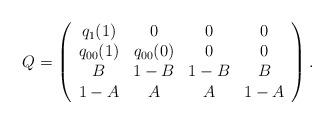
LaTeX: \begin{align*}Q=\left(\begin{array}{cccc}q_1(1)&0&0&0\\q_{00}(1)&q_{00}(0)&0&0\\B&1-B&1-B&B\\1-A&A&A&1-A\end{array}\right).\end{align*}